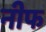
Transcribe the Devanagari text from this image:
नीफ